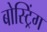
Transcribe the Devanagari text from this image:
बोस्ट्रिंग